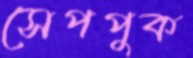
সেপপুক